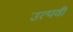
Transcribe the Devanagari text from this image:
उत्पवी